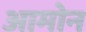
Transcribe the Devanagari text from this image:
आमोन